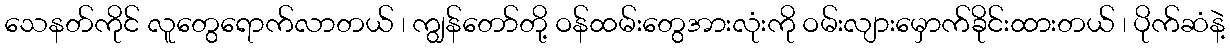
သေနတ်ကိုင် လူတွေရောက်လာတယ် ၊ ကျွန်တော်တို့ ဝန်ထမ်းတွေအားလုံးကို ဝမ်းလျားမှောက်ခိုင်းထားတယ် ၊ ပိုက်ဆံနဲ့